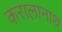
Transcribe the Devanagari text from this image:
करालानाथ